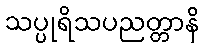
သပ္ပုရိသပညတ္တာနိ